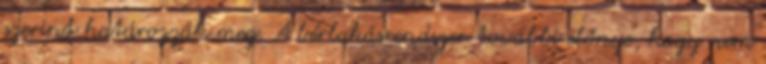
szerint határozzák meg. A bérlakásrendszer további előnye, hogy nem